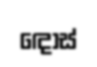
ඳොස්